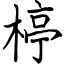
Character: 楟